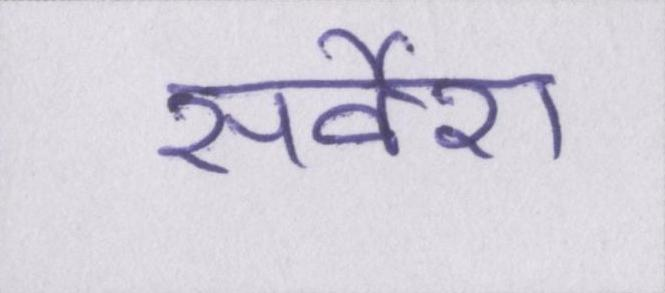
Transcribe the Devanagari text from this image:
सर्वेश